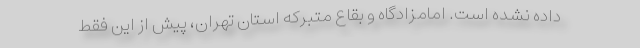
داده نشده است. امامزادگاه و بقاع متبرکه استان تهران، پیش از این فقط